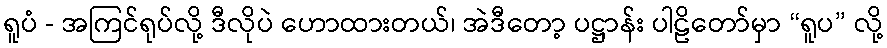
ရူပံ - အကြင်ရုပ်လို့ ဒီလိုပဲ ဟောထားတယ်၊ အဲဒီတော့ ပဋ္ဌာန်း ပါဠိတော်မှာ “ရူပ” လို့